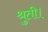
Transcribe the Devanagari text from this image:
श्रुती।